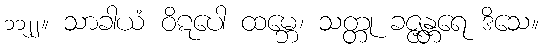
၁၁၂၂။ သာခါယံ ဝိဋပေါ ထမ္ဘေ၊ သတ္တု ခဇ္ဇန္တရေ ဒိသေ။